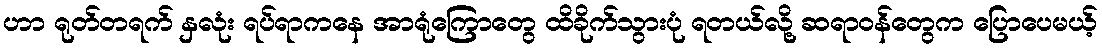
ဟာ ရုတ်တရက် နှလုံး ရပ်ရာကနေ အာရုံကြောတွေ ထိခိုက်သွားပုံ ရတယ်လို့ ဆရာဝန်တွေက ပြောပေမယ့်